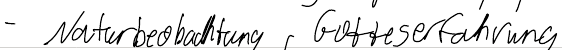
- Naturbeobachtung, Gotteserfahrung